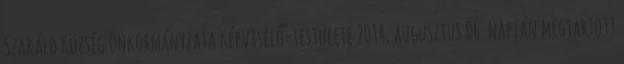
Szakáld Község Önkormányzata Képviselő-testülete 2014. augusztus 06. napján megtartott